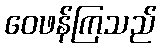
ဝေဖန်ကြသည်